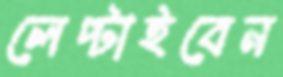
লেপ্‌টাইবেন